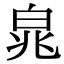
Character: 㿡